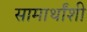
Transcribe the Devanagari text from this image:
सामार्थांशी